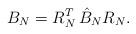
LaTeX: \begin{align*}B_N = R_N^T \, \hat{B}_N R_N.\end{align*}